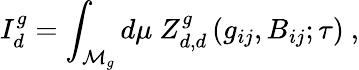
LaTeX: I_{d}^{g}=\int_{{\cal{M}}_{g}}d\mu~Z_{d,d}^{g}\left(g_{ij},B_{ij};\tau\right)\ ,